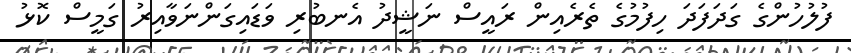
ފުލުހުންގެ ގަދަފަދަ ހިފުމުގެ ތެރެއިން ރައީސް ނަޝީދު އެނބުރި ވަޑައިގަންނަވާއިރު ގަމީސް ކޮޅު